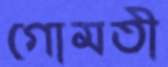
গোমতী